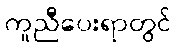
ကူညီပေးရာတွင်